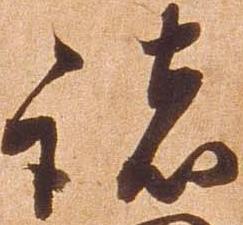
諸